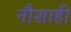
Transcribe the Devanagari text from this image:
नौशाही